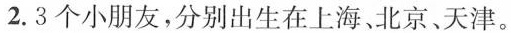
2.3个小朋友，分别出生在上海、北京、天津。